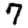
Digit: 7